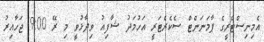
އެމިނިސްޓްރީގެ ޕާމަނަންޓް ސެކެރެޓަރީ އަހުމަދު ޝާފިއު ވިދާޅުވީ މި ރޭ 9:00 ޖަހާއިރު